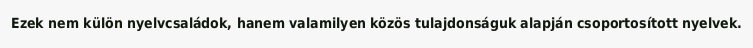
Ezek nem külön nyelvcsaládok, hanem valamilyen közös tulajdonságuk alapján csoportosított nyelvek.